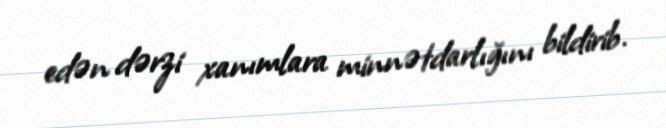
edən dərzi xanımlara minnətdarlığını bildirib.